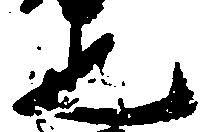
也